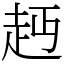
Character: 䞛